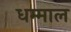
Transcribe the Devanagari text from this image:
धम्माल